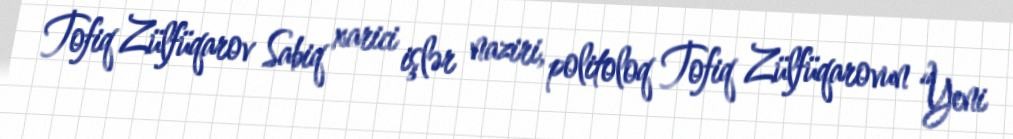
Tofiq Zülfüqarov Sabiq xarici işlər naziri, politoloq Tofiq Zülfüqarovun “Yeni